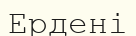
Ердені